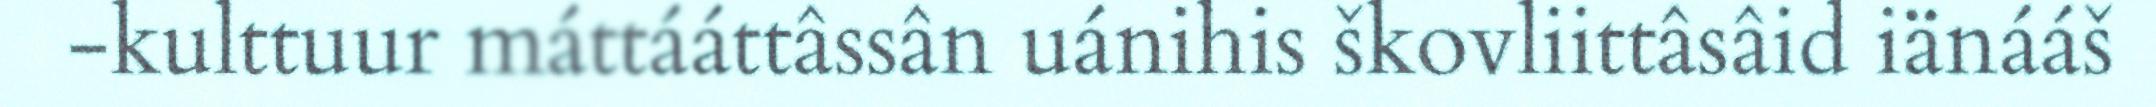
-kulttuur máttááttâssân uánihis škovliittâsâid iänááš